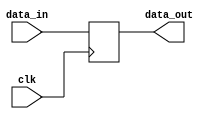
//============================================================================//
//                                                                            //
//      Bit Slicer                                                            //
//                                                                            //
//      Module name: slice                                                    //
//      Desc: parameterized, bit slicer, outputs the remaining bits           //
//      Developer: Wesley New                                                 //
//      Licence: GNU General Public License ver 3                             //
//      Notes:                                                                //
//                                                                            //
//============================================================================//

module slice #(
      //===================
      // Slice Parameters
      //===================
      parameter ARCHITECTURE = "BEHAVIORAL",   // BEHAVIORAL, VIRTEX5, VIRTEX6
      parameter INPUT_DATA_WIDTH = 8,          // number of input bits
      parameter OFFSET_REL_TO_MSB = 1,         // 1 = MSB, 0 = LSB
      parameter OFFSET_1 = 0,                  // position of first offset
      parameter OFFSET_2 = INPUT_DATA_WIDTH-1  // position of second offest
   ) (
      //===========
      // IO Ports
      //===========
      input  wire                        clk,
      input  wire [INPUT_DATA_WIDTH-1:0] data_in,
      output reg  [OFFSET_1-OFFSET_2:0]  data_out
   );

   //=======================================
   // Generate according to implementation
   //=======================================
   generate
      case (ARCHITECTURE)
         "BEHAVIORAL" : 
         begin
            // Synchronous logic
            always @(posedge clk)
            begin
               if (OFFSET_REL_TO_MSB) // (MSB)
               begin
                  data_out <= data_in[OFFSET_2:OFFSET_1];
               end
               else // OFFSET_RELATIVE_TO_MSB = 0 (LSB)
               begin
                  data_out <= data_in[(INPUT_DATA_WIDTH-1'd1)-OFFSET_1:(INPUT_DATA_WIDTH-1'd1)-OFFSET_2];
               end
            end
         end // case "BEHAVIORAL"
         
         "VIRTEX5" : 
         begin
            // Instantiate primitive for V5
         end
         
         "VIRTEX6" : 
         begin
            // Instantiate primitive for V6
         end
   
      endcase 
   endgenerate
endmodule